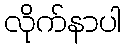
လိုက်နာပါ